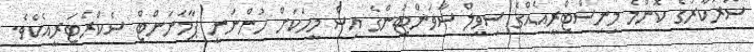
ސަރުކާރުގެ ކޮންމެ މިނިސްޓްރީއެއްގެ ސިވިލް ސާވަންޓުންގެ އިސް މީހަކަށް ހުންނަނީ ޕާމަނަންޓް ސެކްރެޓަރީއެކެވެ.